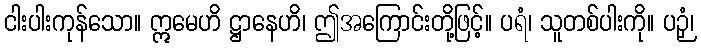
ငါးပါးကုန်သော။ ဣမေဟိ ဋ္ဌာနေဟိ၊ ဤအကြောင်းတို့ဖြင့်။ ပရံ၊ သူတစ်ပါးကို။ ပဉှံ၊